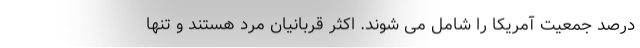
درصد جمعیت آمریکا را شامل می شوند. اکثر قربانیان مرد هستند و تنها